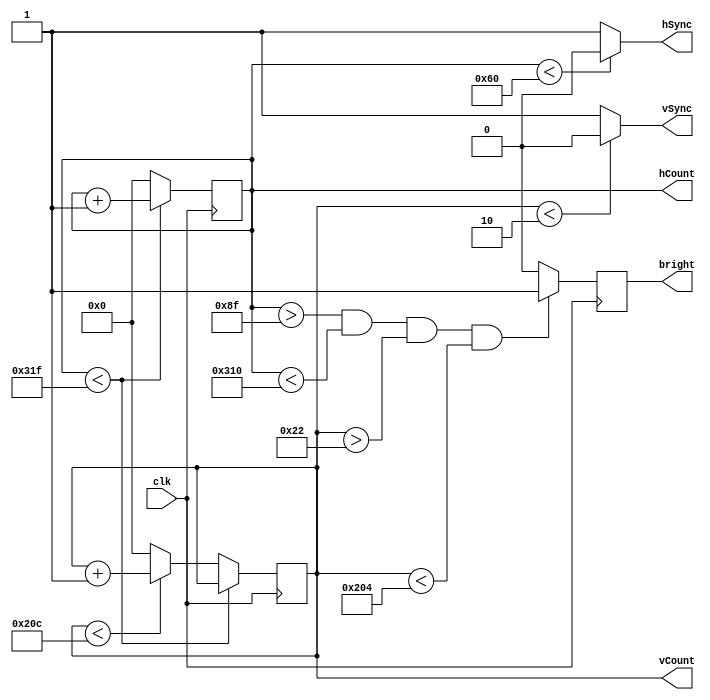
`timescale 1ns / 1ps

module display_controller (
        input clk,
        output hSync, vSync,
        output reg bright,
        output reg [9:0] hCount,
        output reg [9:0] vCount
    );
    
    always @(posedge clk)
    begin 
        if (hCount < 10'd799)
            hCount <= hCount + 1;
        else if (vCount < 10'd524)
            begin
                hCount <= 0;
                vCount <= vCount + 1;
            end
        else
            begin
               hCount <= 0;
               vCount <= 0; 
            end
    end

    assign hSync = (hCount < 96) ? 0:1;
    assign vSync = (vCount < 2) ? 0:1;

    always @(posedge clk)
	begin
		if(hCount > 10'd143 && hCount < 10'd784 && vCount > 10'd34 && vCount < 10'd516)
			bright <= 1;
		else
			bright <= 0;
	end	

endmodule